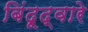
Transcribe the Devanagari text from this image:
बिंदूद्वारे